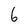
Character: 6